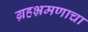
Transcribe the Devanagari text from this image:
ग्रहभ्रमणाचा